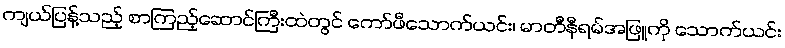
ကျယ်ပြန့်သည့် စာကြည့်ဆောင်ကြီးထဲတွင် ကော်ဖီသောက်ယင်း၊ မာတီနီရမ်အဖြူကို သောက်ယင်း